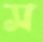
স